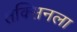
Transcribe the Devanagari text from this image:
तक्सिनला